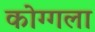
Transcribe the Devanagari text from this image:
कोग्गला